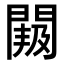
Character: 𮤐